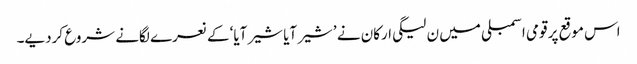
اس موقع پر قومی اسمبلی میں ن لیگی ارکان نے ’شیر آیا شیر آیا‘ کے نعرے لگانے شروع کردیے۔